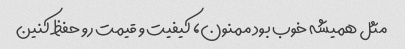
مثل همیشه خوب بود ممنون، کیفیت و قیمت رو حفظ کنین